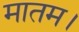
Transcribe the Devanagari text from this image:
मातम।